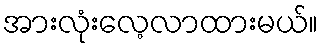
အားလုံးလေ့လာထားမယ်။